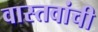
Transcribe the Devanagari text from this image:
वास्तवांची